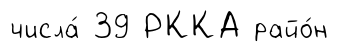
числа́ 39 РККА райо́н